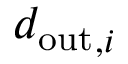
{ d _ { \mathrm { o u t } } } _ { , i }